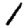
Digit: 1